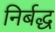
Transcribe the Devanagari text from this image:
निर्बद्ध